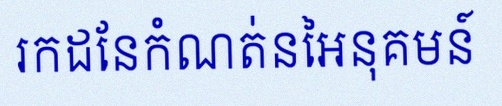
រកដែនកំណត់នៃអនុគមន៍